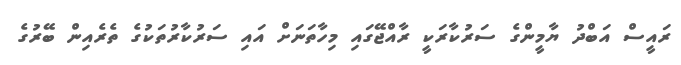
ރައީސް އަބްދު ޔާމީންގެ ސަރުކާރަކީ ރާއްޖޭގައި މިހާތަނަށް އައި ސަރުކާރުތަކުގެ ތެރެއިން ބޭރުގެ